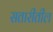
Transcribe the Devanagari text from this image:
सतारीतील